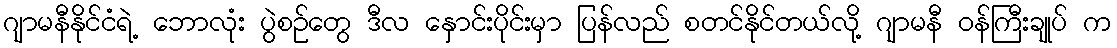
ဂျာမနီနိုင်ငံရဲ့ ဘောလုံး ပွဲစဉ်တွေ ဒီလ နှောင်းပိုင်းမှာ ပြန်လည် စတင်နိုင်တယ်လို့ ဂျာမနီ ဝန်ကြီးချုပ် က